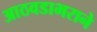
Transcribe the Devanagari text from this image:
आठवडाभराने